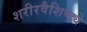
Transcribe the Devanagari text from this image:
शरीरवैशिष्ट्ये